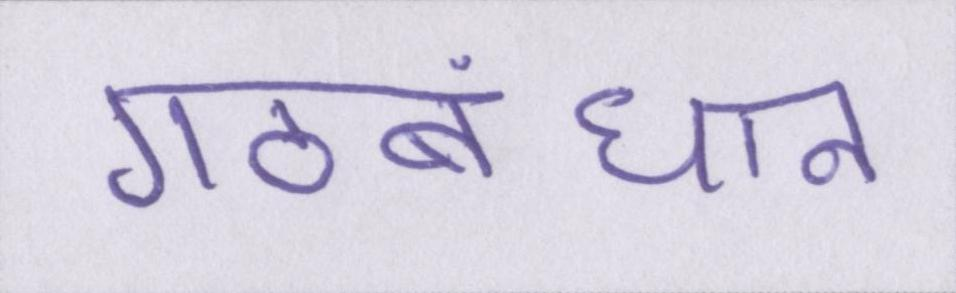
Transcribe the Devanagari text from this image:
गठबंधान